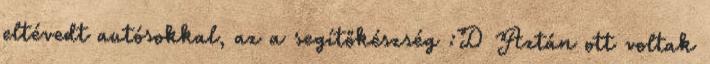
eltévedt autósokkal, az a segítőkészség :D Aztán ott voltak